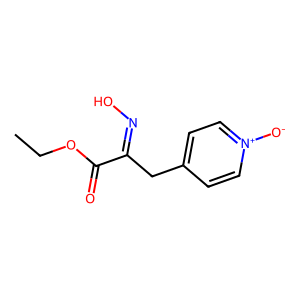
SMILES: CCOC(=O)C(Cc1cc[n+]([O-])cc1)=NO
Inhibits HIV replication: No